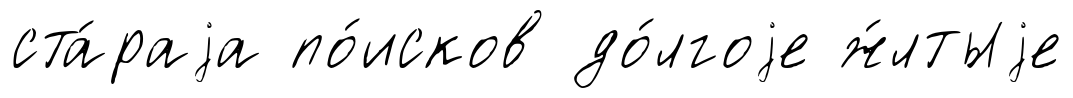
ста́раjа по́исков до́лгоjе ж́лтыjе